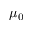
\mu _ { 0 }